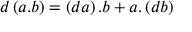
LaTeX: d \left( a . b \right) = \left( d a \right) . b + a . \left( d b \right)